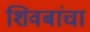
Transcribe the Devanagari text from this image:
शिवबांचा